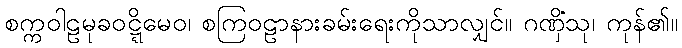
စက္ကဝါဠမုခဝဋ္ဋိမေဝ၊ စကြဝဠာနားခမ်းရေးကိုသာလျှင်။ ဂဏှိံသု၊ ကုန်၏။